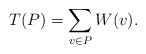
\begin{align*} T(P) = \sum_{v\in P} W(v).\end{align*}